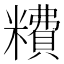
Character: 䊧